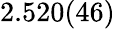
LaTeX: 2.520(46)